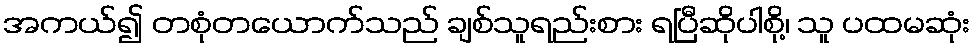
အကယ်၍ တစုံတယောက်သည် ချစ်သူရည်းစား ရပြီဆိုပါစို့၊ သူ ပထမဆုံး